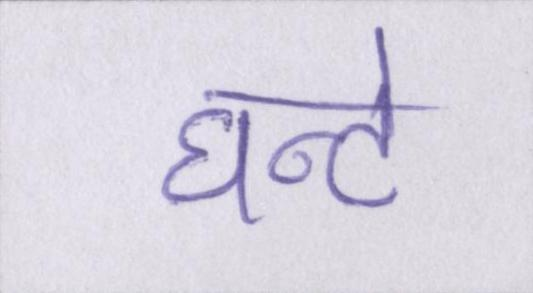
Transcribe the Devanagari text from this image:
घन्टे